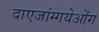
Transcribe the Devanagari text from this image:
दाएजांग्गयेओंग